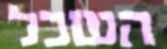
השכל